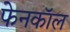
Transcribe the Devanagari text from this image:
फेनकॉल